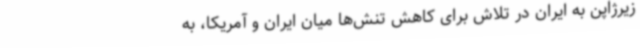
زیرژاپن به ایران در تلاش برای کاهش تنش‌ها میان ایران و آمریکا، به